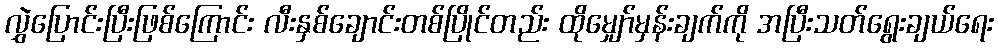
လွှဲပြောင်းပြီးဖြစ်ကြောင်း လီးနှစ်ချောင်းတစ်ပြိုင်တည်း ထိုမျှော်မှန်းချက်ကို အပြီးသတ်ရွေးချယ်ရေး